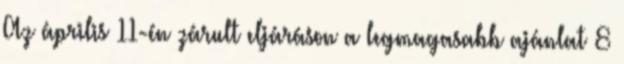
Az április 11-én zárult eljáráson a legmagasabb ajánlat 8